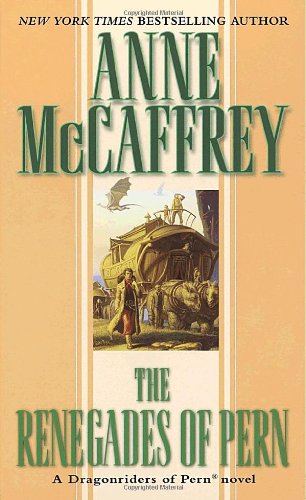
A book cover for The Renegades of Pern (Dragonriders of Pern Series); Anne McCaffrey; Science Fiction & Fantasy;